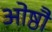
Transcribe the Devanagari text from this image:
ओष्ठौ